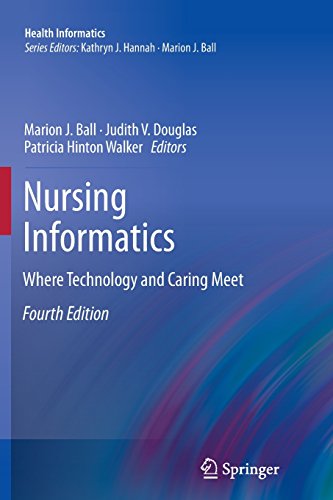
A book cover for Nursing Informatics: Where Technology and Caring Meet (Health Informatics); Science & Math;